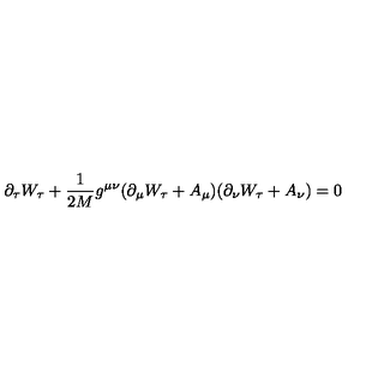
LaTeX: \partial _ { \tau } W _ { \tau } + \frac { 1 } { 2 M } g ^ { \mu \nu } ( \partial _ { \mu } W _ { \tau } + A _ { \mu } ) ( \partial _ { \nu } W _ { \tau } + A _ { \nu } ) = 0